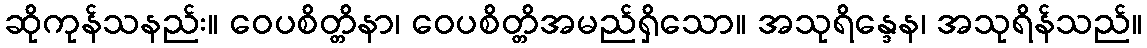
ဆိုကုန်သနည်း။ ဝေပစိတ္တိနာ၊ ဝေပစိတ္တိအမည်ရှိသော။ အသုရိန္ဒေန၊ အသုရိန်သည်။